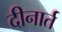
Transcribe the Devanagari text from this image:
दीनार्त